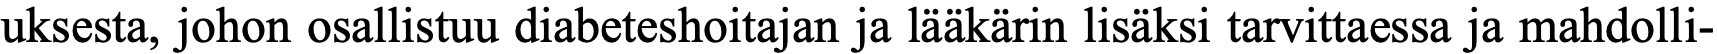
uksesta, johon osallistuu diabeteshoitajan ja lääkärin lisäksi tarvittaessa ja mahdolli-